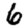
Digit: 6